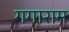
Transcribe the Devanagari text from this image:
गगाराम